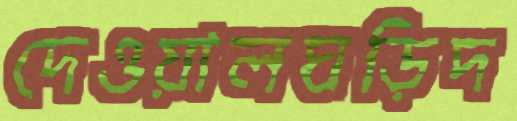
দেওয়ালঘড়িদ